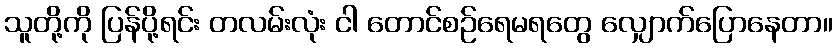
သူတို့ကို ပြန်ပို့ရင်း တလမ်းလုံး ငါ တောင်စဉ်ရေမရတွေ လျှောက်ပြောနေတာ။